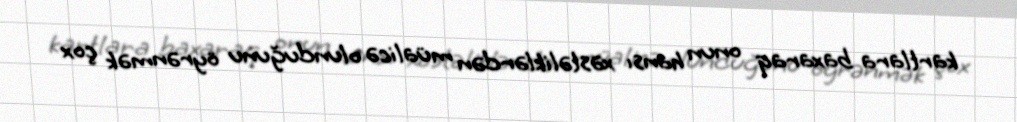
kartlara baxaraq onun hansı xəstəliklərdən müalicə olunduğunu öyrənmək çox